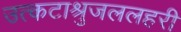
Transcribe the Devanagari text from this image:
उत्कटाश्रुजललहरी